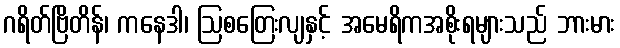
ဂရိတ်ဗြိတိန်၊ ကနေဒါ၊ ဩစတြေးလျနှင့် အမေရိကအစိုးရများသည် ဘားမား